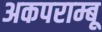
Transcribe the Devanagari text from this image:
अकपराम्बू